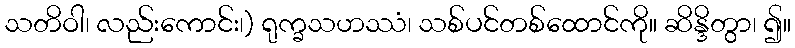
သတိဝါ၊ လည်းကောင်း၊) ရုက္ခသဟဿံ၊ သစ်ပင်တစ်ထောင်ကို။ ဆိန္ဒိတွာ၊ ၍။